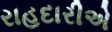
રાહદારીએ